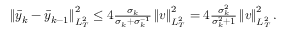
\begin{array} { r } { \left\| \bar { y } _ { k } - \bar { y } _ { k - 1 } \right\| _ { L _ { T } ^ { 2 } } ^ { 2 } \leq 4 \frac { \sigma _ { k } } { \sigma _ { k } + \sigma _ { k } ^ { - 1 } } \left\| v \right\| _ { L _ { T } ^ { 2 } } ^ { 2 } = 4 \frac { \sigma _ { k } ^ { 2 } } { \sigma _ { k } ^ { 2 } + 1 } \left\| v \right\| _ { L _ { T } ^ { 2 } } ^ { 2 } . } \end{array}